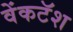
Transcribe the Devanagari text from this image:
वेंकटॅश